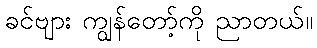
ခင်ဗျား ကျွန်တော့်ကို ညာတယ်။